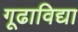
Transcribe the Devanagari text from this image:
गूढाविद्या